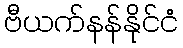
ဗီယက်နန်နိုင်ငံ